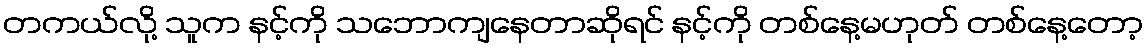
တကယ်လို့ သူက နင့်ကို သဘောကျနေတာဆိုရင် နင့်ကို တစ်နေ့မဟုတ် တစ်နေ့တော့